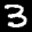
Label: 3